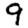
Digit: 9